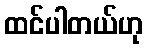
ထင်ပါတယ်ဟု